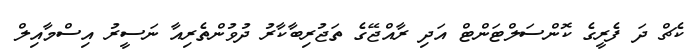
ކެޗް ދަ ފެރީގެ ކޮންސަލްޓަންޓް އަދި ރާއްޖޭގެ ތަޖުރިބާކާރު ދުވުންތެރިއާ ނަސީރު އިސްމާއިލް